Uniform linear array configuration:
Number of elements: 16
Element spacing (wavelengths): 0.5
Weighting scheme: blackman
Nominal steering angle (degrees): -60
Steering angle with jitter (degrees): -61.894
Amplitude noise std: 0.05
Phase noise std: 0.05

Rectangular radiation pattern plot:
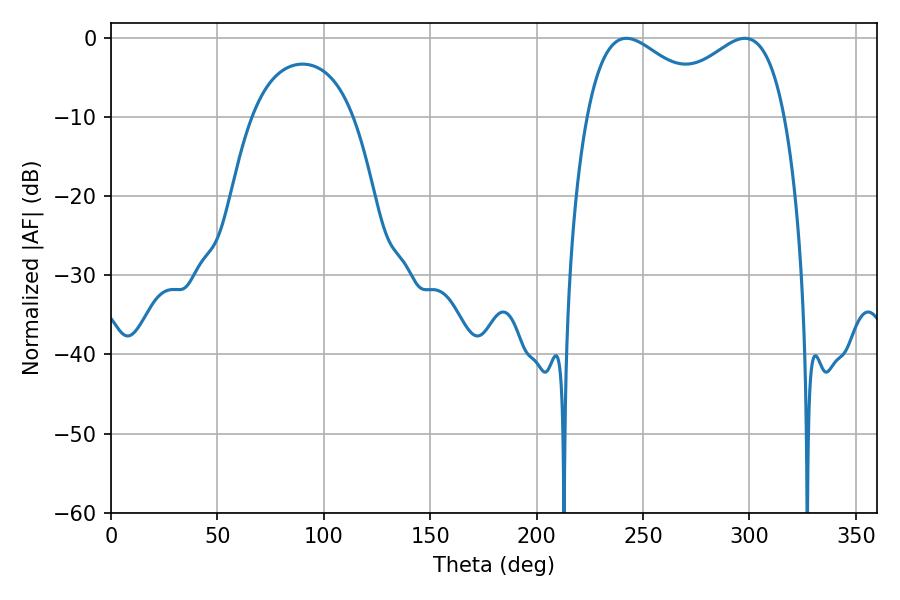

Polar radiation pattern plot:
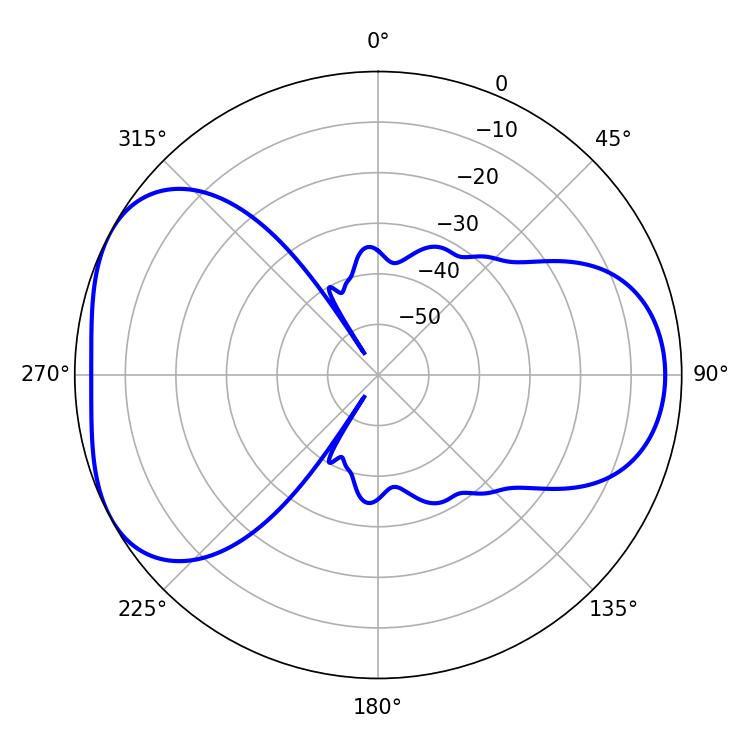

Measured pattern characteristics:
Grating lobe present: FALSE
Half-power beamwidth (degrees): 33.48
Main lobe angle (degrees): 297.9